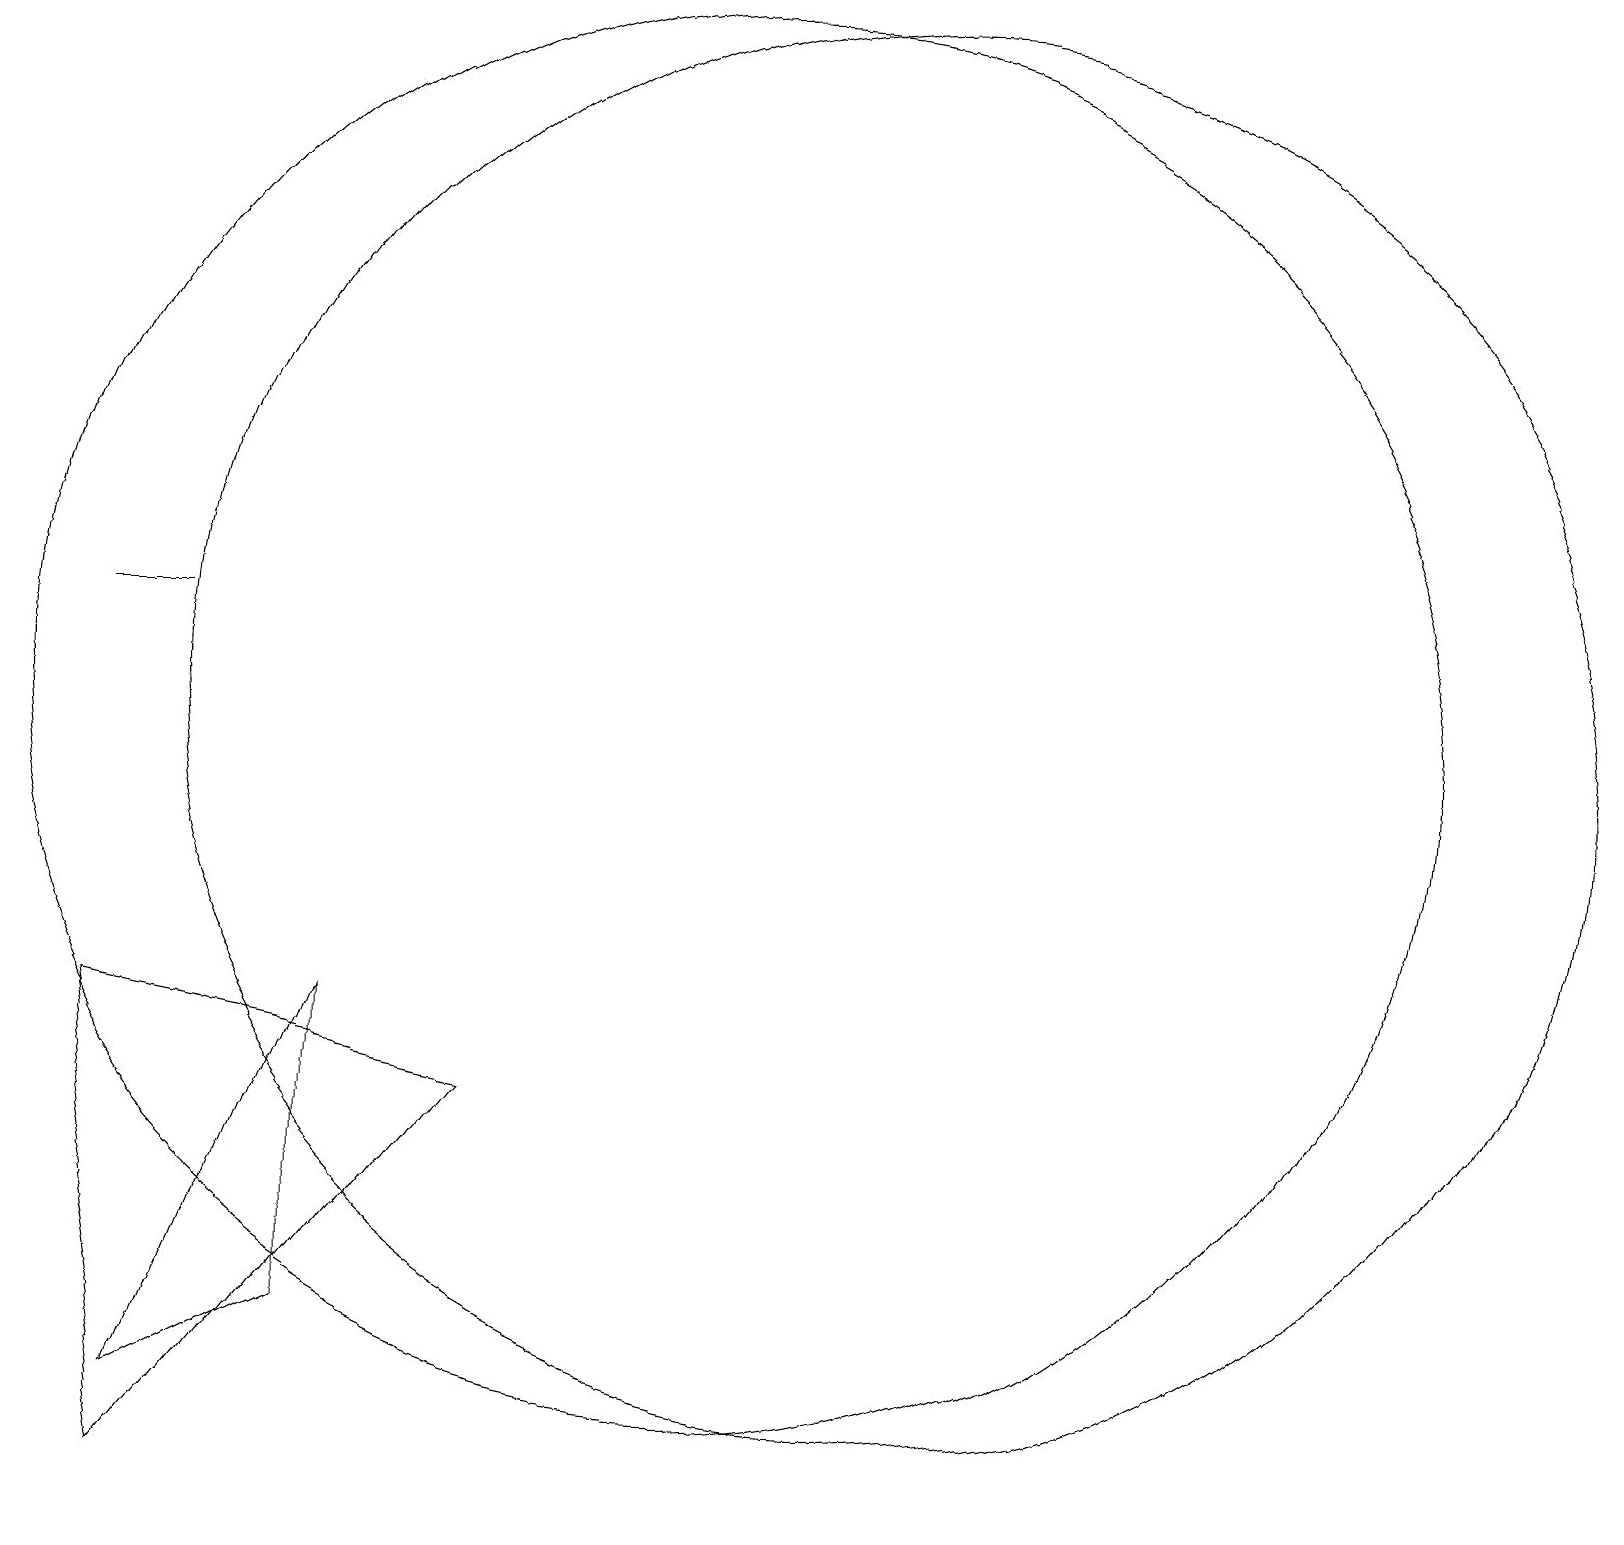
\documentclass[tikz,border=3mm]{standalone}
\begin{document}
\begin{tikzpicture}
\draw (10,10) circle (9);
\draw (5,6) -- (5,2) -- (3,1) -- cycle;
\draw (12,10) circle (9);
\draw (3,11) rectangle (2,11);
\draw (3,0) -- (2,6) -- (7,5) -- cycle;
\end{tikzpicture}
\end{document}